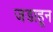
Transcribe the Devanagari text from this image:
जडाहून